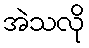
အဲသလို